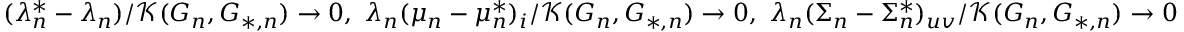
\begin{array} { r } { ( \lambda _ { n } ^ { * } - \lambda _ { n } ) / \mathcal { K } ( G _ { n } , G _ { * , n } ) \to 0 , \ \lambda _ { n } ( \mu _ { n } - \mu _ { n } ^ { * } ) _ { i } / \mathcal { K } ( G _ { n } , G _ { * , n } ) \to 0 , \ \lambda _ { n } ( \Sigma _ { n } - \Sigma _ { n } ^ { * } ) _ { u v } / \mathcal { K } ( G _ { n } , G _ { * , n } ) \to 0 } \end{array}